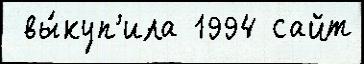
 вы́куп'ила 1994 сайт